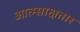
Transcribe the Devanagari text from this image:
आत्म्साक्षतार